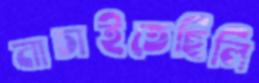
নাচাইতেছিলি